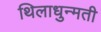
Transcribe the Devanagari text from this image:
थिलाधुन्मती